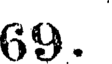
69.